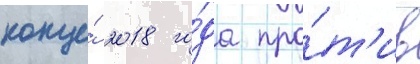
конце́ 2018 го́да про́т'ив